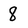
Character: 8